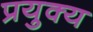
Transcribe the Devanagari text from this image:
प्रयुक्य